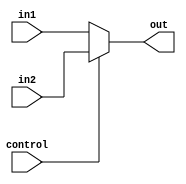
module mux3bit (in1, in2, control, out);
  input[2:0] in1,in2;
  output[2:0] out;
  input control;
  assign out = (control) ? in2 : in1;
endmodule